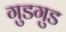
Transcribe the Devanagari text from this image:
गुडगुड